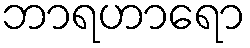
ဘာရဟာရော